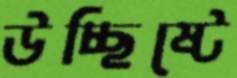
উচ্ছিষ্টে